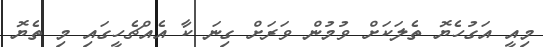
މިއީ އަގުހެޔޮ ތެލަކަށް ވުމުން ވަރަށް ގިނަ ކާ އެއްޗެހީގައި މި ތެޔޮ